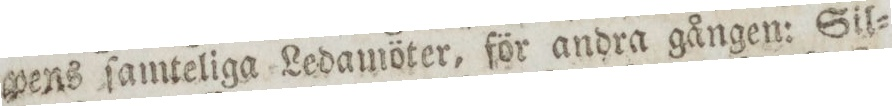
pens ſamteliga Ledamöter, för andra gången: Sil=